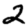
Digit: 2